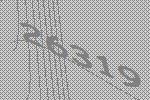
26319